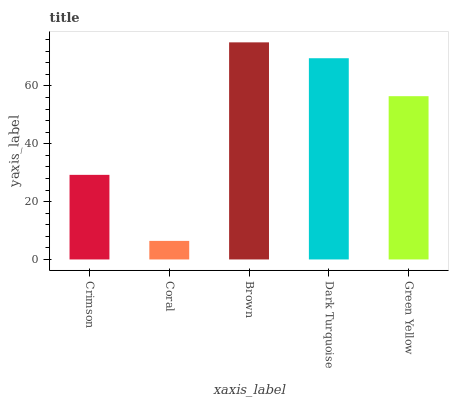
| xaxis_label | bars |
 | --- | --- |
 | Crimson | 29.2 |
 | Coral | 6.41 |
 | Brown | 75 |
 | Dark Turquoise | 69.6 |
 | Green Yellow | 56.4 |